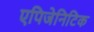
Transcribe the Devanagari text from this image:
एपिजेनिटिक